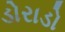
ડોરાડો